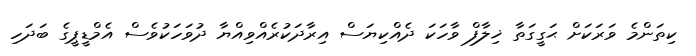
ކިތަންމެ ވަރަކަށް ޙަގީގަތާ ޚިލާފް ވާހަކަ ދެއްކިޔަސް އިރާދަކުރެއްވިއްޔާ ދުވަހަކުވެސް އެމްޑީޕީގެ ބަދަހި